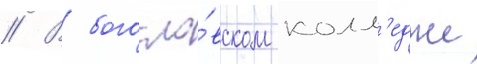
// В богосло́вском колл'едже